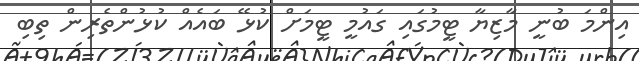
އިންމަ ބުނީ މާޒިޔާ ޓީމުގައި ގައުމީ ޓީމަށް ކުޅޭ ބައެއް ކުޅުންތެރިން ތިބި